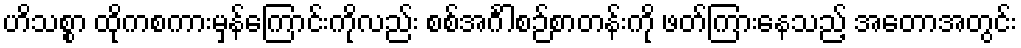
ဟိသစ္စာ ထိုကစကားမှန်ကြောင်းကိုလည်း စစ်အင်္ဂါစဉ်စာတန်းကို ဖတ်ကြားနေသည့် အတောအတွင်း